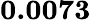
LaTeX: \mathbf{0.0073}